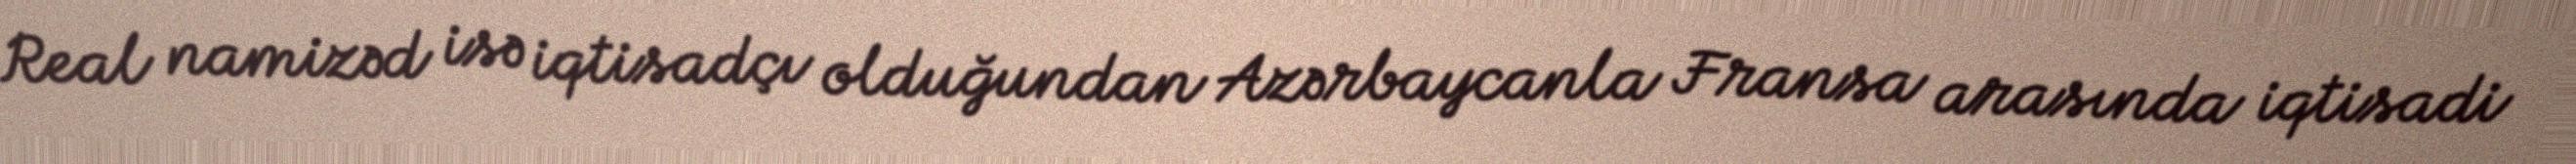
Real namizəd isə iqtisadçı olduğundan Azərbaycanla Fransa arasında iqtisadi